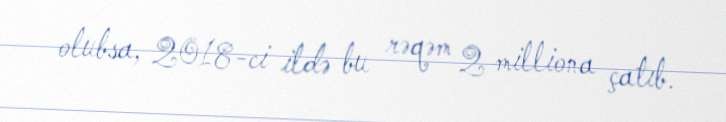
olubsa, 2018-ci ildə bu rəqəm 2 milliona çatıb.